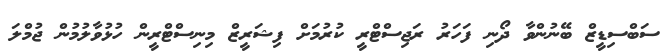
ސަބްސިޑީޒް ބޭނުންވާ ދޯނި ފަހަރު ރަޖިސްޓްރީ ކުރުމަށް ފިޝަރީޒް މިނިސްޓްރީން ހުޅުވާލުމުން ޖުމްލަ